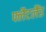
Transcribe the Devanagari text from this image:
फ्लैटलैंड